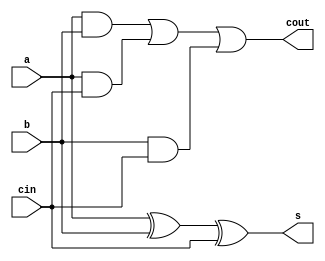
/**************************************************
 P1.1 FULL ADDER BEHAVIORAL
 ************************************************/

 module full_adder_bh(s, cout, a, b, cin); 
 	input a, b, cin;
 	output reg s, cout;

 	always@(a,b,cin) begin
 		s=a^b^cin;
 		cout=(a&b)|(a&cin)|(b&cin);
 	end

 endmodule